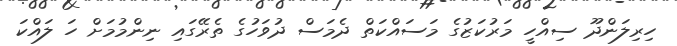
ހިރިލަންދޫ ސިއްހީ މަރުކަޒުގެ މަސައްކަތް ދެމަސް ދުވަހުގެ ތެރޭގައި ނިންމުމަށް ހަ ލައްކަ